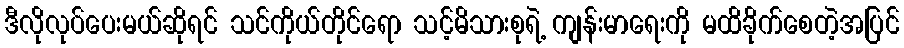
ဒီလိုလုပ်ပေးမယ်ဆိုရင် သင်ကိုယ်တိုင်ရော သင့်မိသားစုရဲ့ ကျန်းမာရေးကို မထိခိုက်စေတဲ့အပြင်